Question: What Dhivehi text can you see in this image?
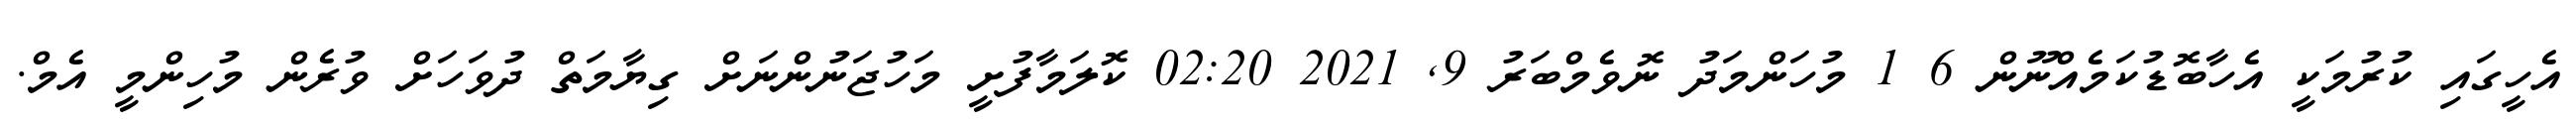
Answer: އެހީގައި ކުރުމަކީ އެހާބޮޑުކަމެއްނޫން 6 1 މުހަންމަދު ނޮވެމްބަރު 9, 2021 02:20 ކޮލަމާފުށީ މަހުޖަނުންނަށް ގިޔާމަތް ދުވަހަށް ވުރެން މުހިންމީ އެމް.